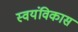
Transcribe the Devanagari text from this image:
स्वयंविकास